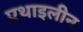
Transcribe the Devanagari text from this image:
एथाइलीन